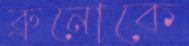
ব্রুনোকে